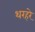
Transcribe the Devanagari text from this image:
थरहरे